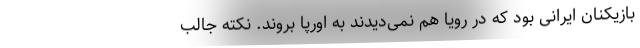
بازیکنان ایرانی بود که در رویا هم نمی‌دیدند به اورپا بروند. نکته جالب